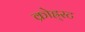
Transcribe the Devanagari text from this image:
क्रोह्र्स्ट